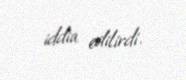
iddia edilirdi.